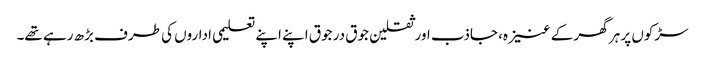
سڑکوں پر ہر گھر کے عنیزہ، جاذب اور ثقلین جوق در جوق اپنے اپنے تعلیمی اداروں کی طرف بڑھ رہے تھے۔